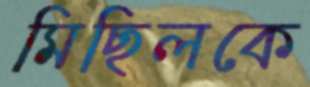
মিছিলকে